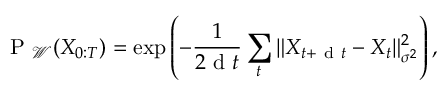
\mathrm { ~ P ~ } _ { \mathcal { W } } ( X _ { 0 : T } ) = \exp \left( - \frac { 1 } { 2 \mathrm { ~ d ~ } t } \sum _ { t } \| X _ { t + \mathrm { ~ d ~ } t } - X _ { t } \| _ { \sigma ^ { 2 } } ^ { 2 } \right) ,